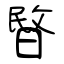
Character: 暋